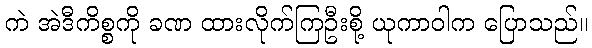
ကဲ အဲဒီကိစ္စကို ခဏ ထားလိုက်ကြဦးစို့ ယုကာဝါက ပြောသည်။